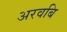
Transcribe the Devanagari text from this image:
अरवबि